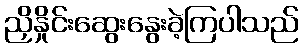
ညှိနှိုင်းဆွေးနွေးခဲ့ကြပါသည်